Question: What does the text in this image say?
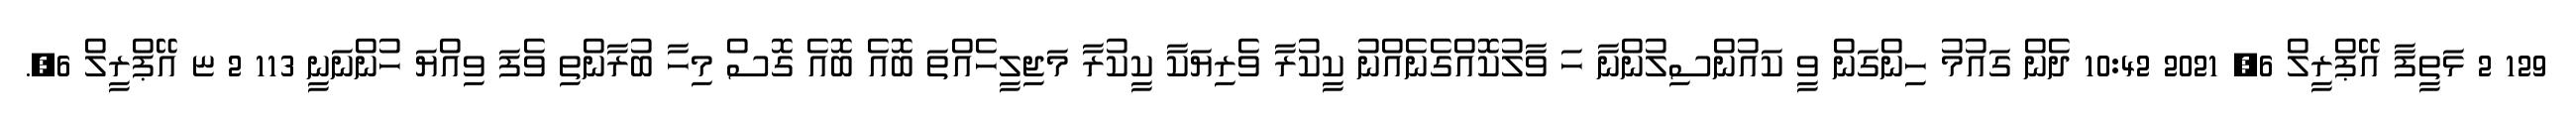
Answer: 129 2 ޅަތީފާ އޭޕްރީލް 6, 2021 10:42 ދެން ގައުމު ހިންގަން ވީ ކައުންސިލުންނާ ހަ ވާލުކޮއްގެނެއްނު ކީކުރާ ވެރިޔަކާ ކީކުރާ މަޖިލީހެއްތަ ބޮއެ ބޮއެ ގޮސް މިހާ ބުރާންތި ވެފަ ވިއްޔަ ހުންނަނީ 113 2 ޏ އޭޕްރީލް 6,.